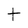
Character: t